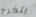
يتخرج